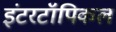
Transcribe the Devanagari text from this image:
इंटरटॉपिकल